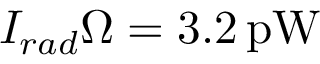
I _ { r a d } \Omega = 3 . 2 \, \mathrm { p W }